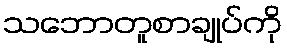
သဘောတူစာချုပ်ကို